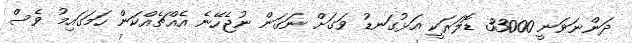
ދަންނަވަނީ 33000 ޑޮލަރަކީ އަޅުގަނޑު ވަގަށް ނަގަން ނުޖެހޭނެ އެއްޗެއްކަން ހަމަގައިމު ވެސް